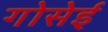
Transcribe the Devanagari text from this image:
गोसेई